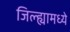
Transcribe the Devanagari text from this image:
जिल्‍ह्यामध्ये